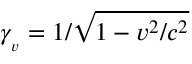
\gamma _ { _ { v } } = 1 / { \sqrt { 1 - v ^ { 2 } / c ^ { 2 } } }